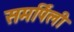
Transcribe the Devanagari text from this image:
समर्पिली